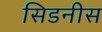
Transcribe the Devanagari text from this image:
सिडनीस